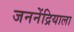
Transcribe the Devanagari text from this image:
जननेंद्रियाला